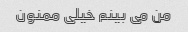
من می بینم خیلی ممنون